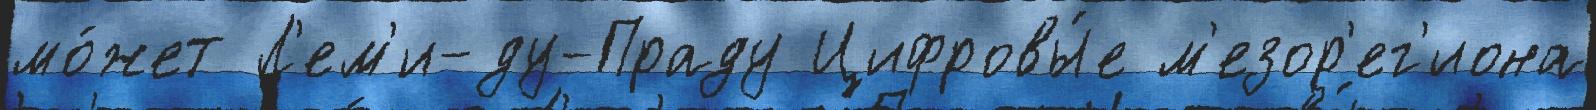
мо́жет Л'ем'и-ду-Праду Цифровы́е м'езор'ег'иона